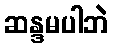
ဆန္ဒမပါဘဲ